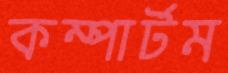
কম্পার্টম